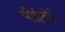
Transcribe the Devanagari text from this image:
पीईटीई